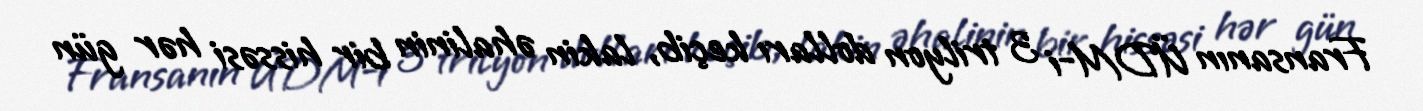
Fransanın ÜDM-i 3 trilyon dolları keçib, lakin əhalinin bir hissəsi hər gün